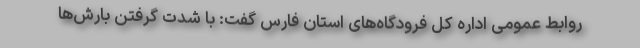
روابط عمومی اداره کل فرودگاه‌های استان فارس گفت: با شدت گرفتن بارش‌ها